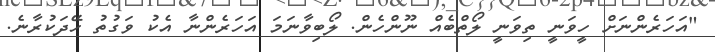
"އަހަރެންނަށް ހީވަނީ ތިވަނީ ލޯތްބެއް ނޫންހެން. ލޯބިވާނަމަ އަހަރެންނާ އެކު ވަގުތު ހޭދަކުރާނެ.